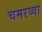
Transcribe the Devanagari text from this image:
चमरव्‍वा